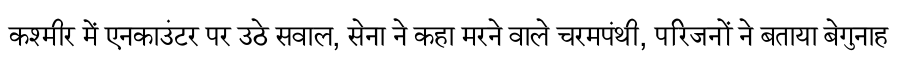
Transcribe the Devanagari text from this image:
कश्मीर में एनकाउंटर पर उठे सवाल, सेना ने कहा मरने वाले चरमपंथी, परिजनों ने बताया बेगुनाह